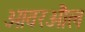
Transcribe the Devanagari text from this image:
ओवरऔल